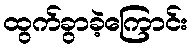
ထွက်ခွာခဲ့ကြောင်း